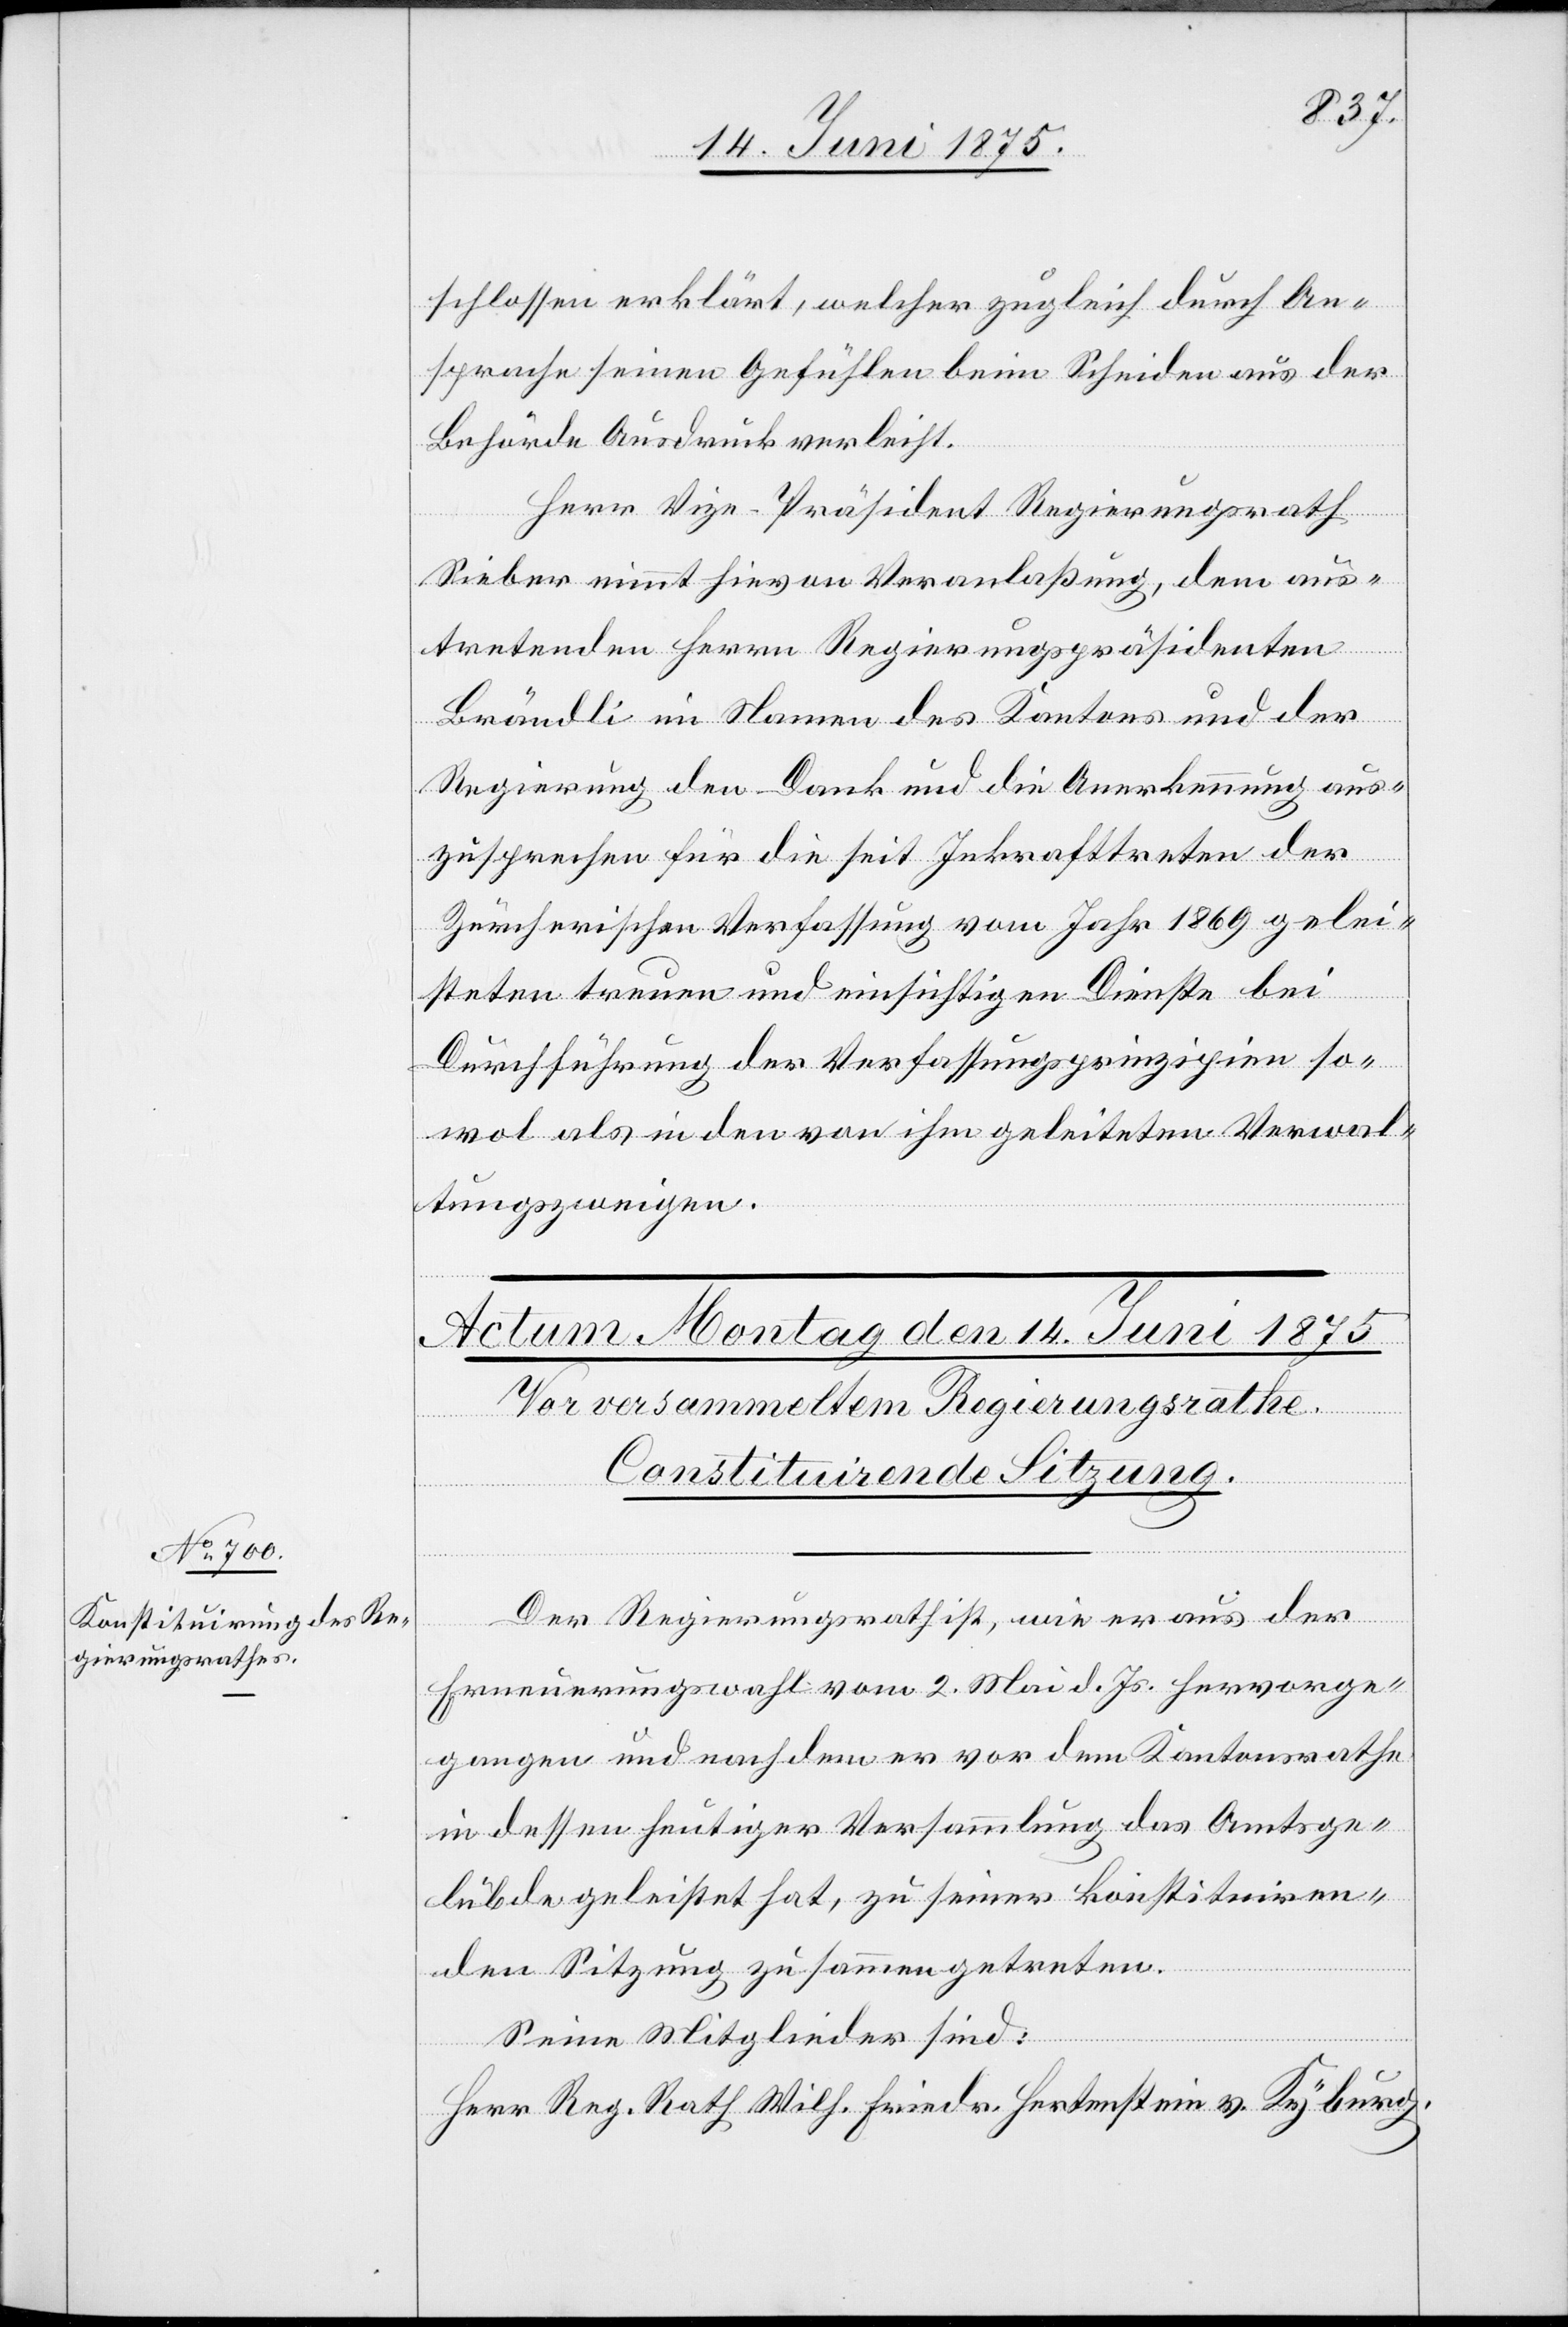
gierungsrath

Wilh.
schlossen erklärt, welcher zugleich durch An¬
sprache seinen Gefühlen beim Scheiden aus der
Behörde Ausdruck verleiht.
und
Herr Vize-Präsident Regierungsrath
Sieber nimmt hievon Veranlaßung, dem aus¬
tretenden Herrn Regierungspräsidenten
Brändli in Namen des Kantons und der
Regierung den Dank und die Anerkennung aus¬
zusprechen für die seit Inkrafttreten der
Zürcherischen Verfassung vom Jahr 1869 gelei¬
Durchführung der Verfassungsprinzipien so¬
wol als in den von ihm geleiteten Verwal¬
stein
tungszweigen.
Der Regierungsrath ist, wie er aus der
Erneuerungswahl vom 2. Mai d. Js. hervorge¬
gangen und nach dem er vor dem Kantonsrathe
in dessen heutiger Versammlung des Amtsge¬
lübde geleistet hat, zu seiner konstituiren¬
den Sitzung zusammengetreten.
Seine Mitglieder sind: